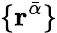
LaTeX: \{ \mathbf{r}^{\bar{\alpha}}\}